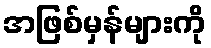
အဖြစ်မှန်များကို